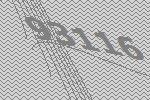
93116